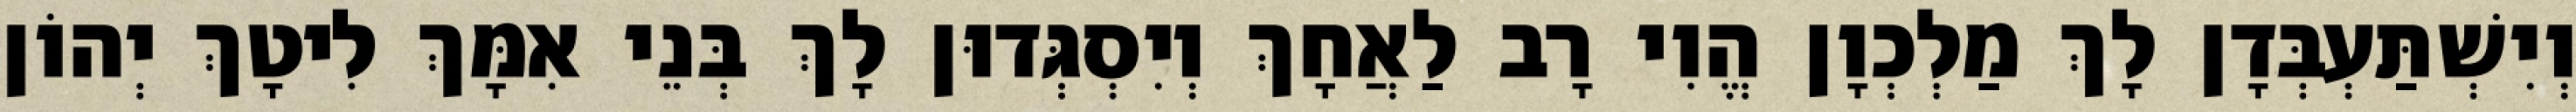
וְיִשְׁתַּעְבְּדָן לָךְ מַלְכְוָן הֱוִי רָב לַאֲחָךְ וְיִסְגְּדוּן לָךְ בְּנֵי אִמָּךְ לִיטָךְ יְהוֹן